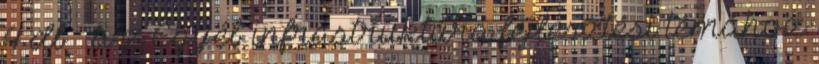
4 db – a z Egyéb infrastruktúra fejlesztési témához